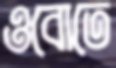
ওবোতে